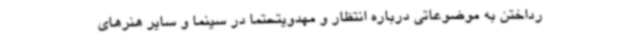
رداختن به موضوعاتی درباره انتظار و مهدویتحتما در سینما و سایر هنرهای